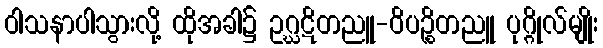
ဝါသနာပါသွားလို့ ထိုအခါ၌ ဥဂ္ဃဋိတညူ-ဝိပဉ္စိတညူ ပုဂ္ဂိုလ်မျိုး